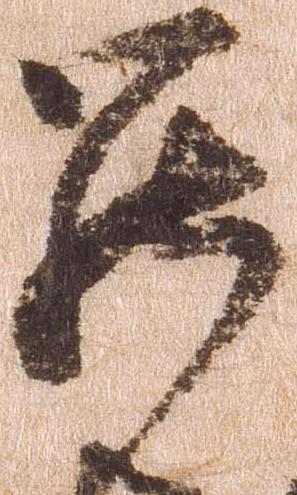
罷